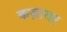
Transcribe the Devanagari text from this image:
कज़ायर